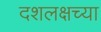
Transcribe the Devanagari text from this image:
दशलक्षच्या